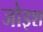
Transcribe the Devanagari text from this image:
जोइश